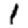
Digit: 1